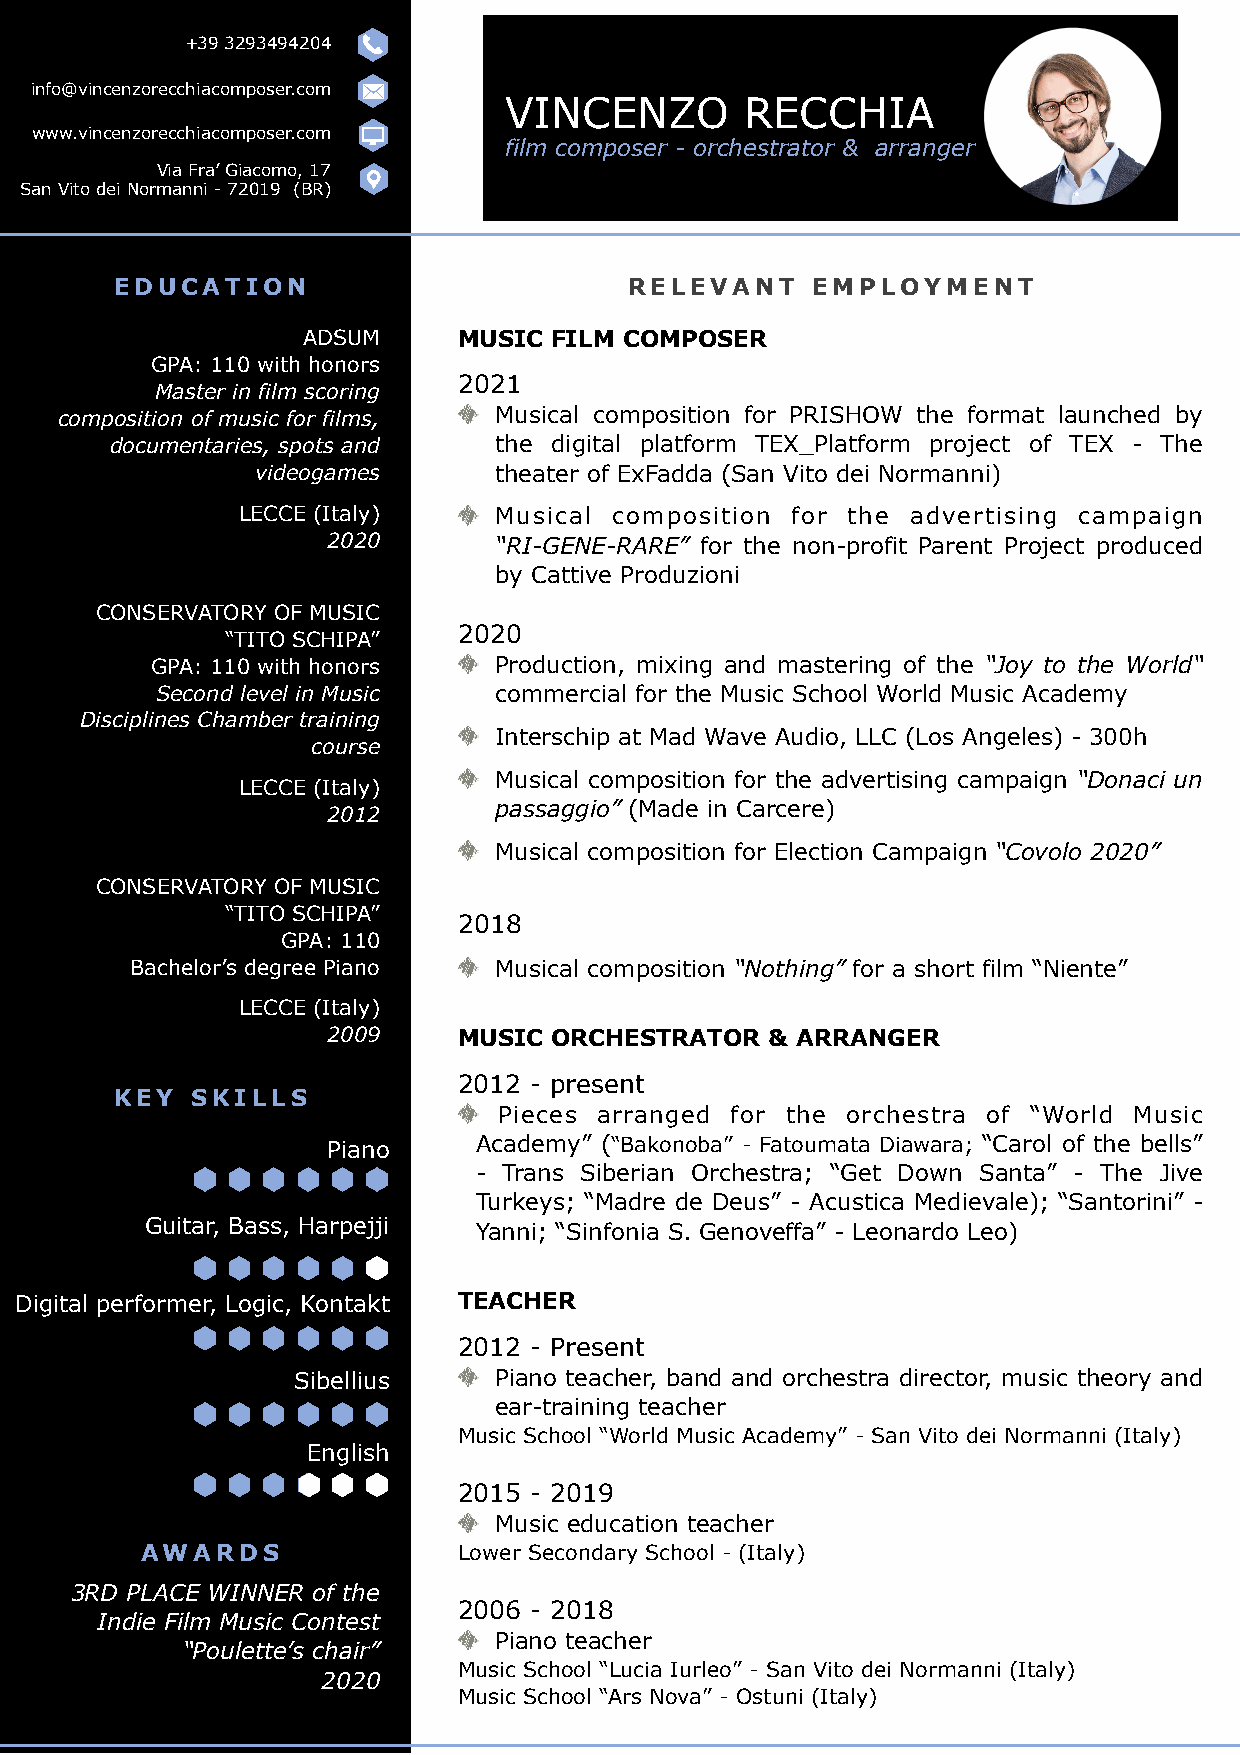
+39 3293494204
 info@vincenzorecchiacomposer.com
 VINCENZO        RECCHIA
 www.vincenzorecchiacomposer.com
 film composer - orchestrator & arranger
 Via Fra’ Giacomo, 17
 San Vito dei Normanni - 72019 (BR)
 EDUCATION                         RELEVANT    EMPLOYMENT
 ADSUM     MUSIC  FILM COMPOSER
 GPA: 110 with honors
 2021
 Master in film scoring
 composition of music for films, Musical composition for PRISHOW the format launched by
 documentaries, spots and  the digital platform TEX_Platform project of TEX - The
 videogames      theater of ExFadda (San Vito dei Normanni)
 LECCE (Italy)    Musical composition for the advertising campaign
 2020       “RI-GENE-RARE” for the non-profit Parent Project produced
 by Cattive Produzioni
 CONSERVATORY OF MUSIC
 2020
 “TITO SCHIPA”
 GPA: 110 with honors   Production, mixing and mastering of the “Joy to the World“
 Second level in Music  commercial for the Music School World Music Academy
 Disciplines Chamber training
 Interschip at Mad Wave Audio, LLC (Los Angeles) - 300h
 course
 Musical composition for the advertising campaign “Donaci un
 LECCE (Italy)
 passaggio” (Made in Carcere)
 2012
 Musical composition for Election Campaign “Covolo 2020”
 CONSERVATORY OF MUSIC
 “TITO SCHIPA”
 2018
 GPA: 110
 Bachelor’s degree Piano Musical composition “Nothing” for a short film “Niente”
 LECCE (Italy)
 2009    MUSIC  ORCHESTRATOR  & ARRANGER
 2012 - present
 KEY  SKILLS
 Pieces arranged for the orchestra of “World Music
 Piano     Academy” (“Bakonoba” - Fatoumata Diawara; “Carol of the bells”
 - Trans Siberian Orchestra; “Get Down Santa” - The Jive
 Turkeys; “Madre de Deus” - Acustica Medievale); “Santorini” -
 Guitar, Bass, Harpejji Yanni; “Sinfonia S. Genoveffa” - Leonardo Leo)
 Digital perfo rmer, Logic, Kontakt TEACHER
 2012 - Present
 Sibellius     Piano teacher, band and orchestra director, music theory and
 ear-training teacher
 Music School “World Music Academy” - San Vito dei Normanni (Italy)
 English
 2015 - 2019
 Music education teacher
 AWARDS               Lower Secondary School - (Italy)
 3RD PLACE WINNER of the
 2006 - 2018
 Indie Film Music Contest
 Piano teacher
 “Poulette’s chair”
 Music School “Lucia Iurleo” - San Vito dei Normanni (Italy)
 2020
 Music School “Ars Nova” - Ostuni (Italy)